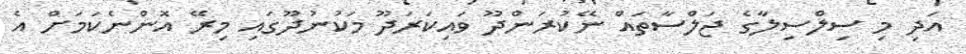
އަދި މި ސިލްސިލާގެ ޖަލްސާތައް ނޭކުރަންދޫ ވައިކަރަދޫ މަކުނުދޫގައި މިރޭ އޮންނެކަމަށް އެ